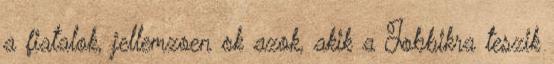
a fiatalok, jellemzoen ok azok, akik a Jobbikra teszik